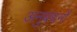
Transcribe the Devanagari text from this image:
अनुबंधनों